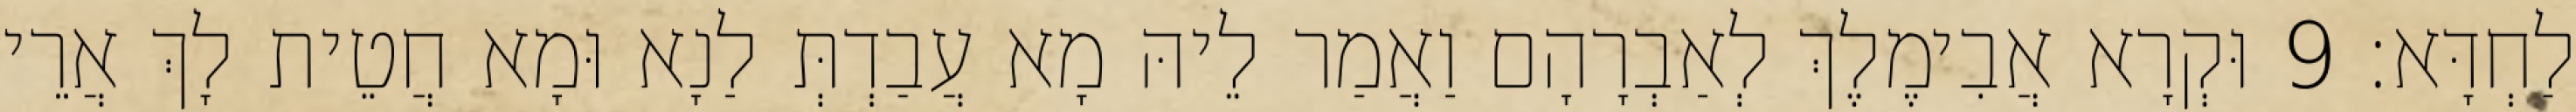
לַחְדָּא׃ 9 וּקְרָא אֲבִימֶלֶךְ לְאַבְרָהָם וַאֲמַר לֵיהּ מָא עֲבַדְתְּ לַנָא וּמָא חֲטֵית לָךְ אֲרֵי